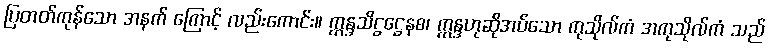
ပြတတ်ကုန်သော အနက် ကြောင့် လည်းကောင်း။ ဣန္ဒသိဋ္ဌဋ္ဌေနစ၊ ဣန္ဒဟုဆိုအပ်သော ကုသိုလ်ကံ အကုသိုလ်ကံ သည်